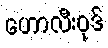
ဟောလီးဝုဒ်